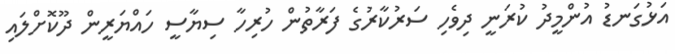
އަޅުގަނޑު އުންމީދު ކުރަނީ ދިވެހި ސަރުކާރުގެ ފަރާތުން ހުރިހާ ސިޔާސީ ހައްޔަރީން ދޫކޮށްލައި